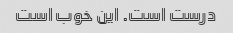
درست است. این خوب است